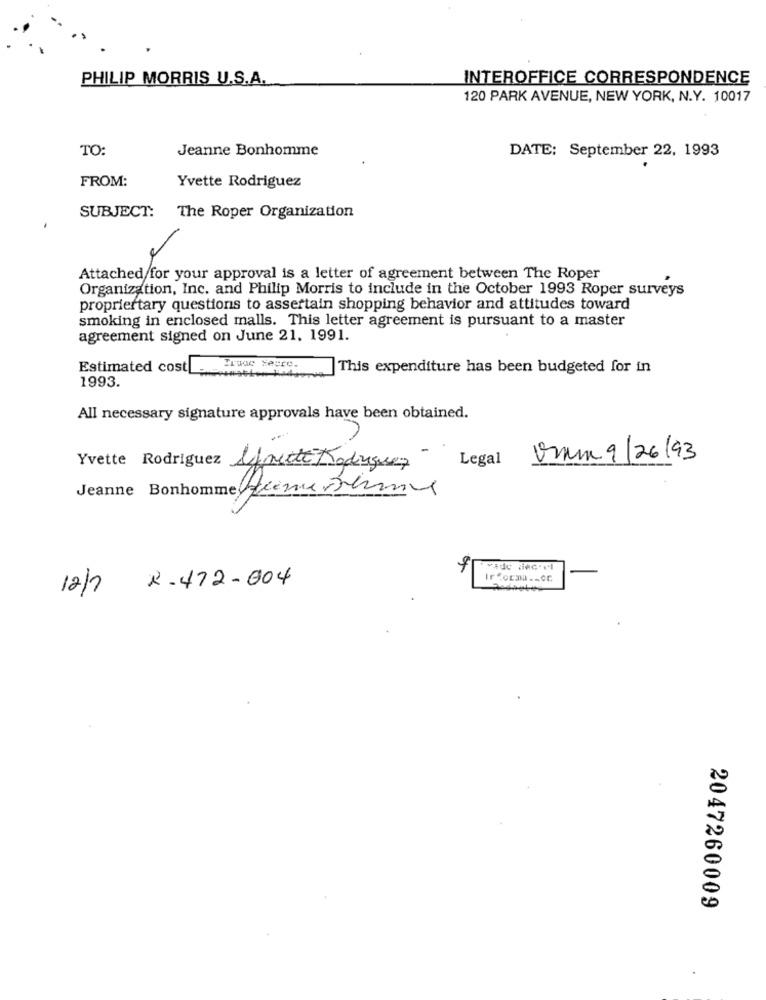
PHILIP MORRIS U.S.A.
INTEROFFICE CORRESPONDENCE
120 PARK AVENUE, NEW YORK, N.Y. 10017
TO:
Jeanne Bonhomme
DATE: September 22, 1993
FROM:
Yvette Rodriguez
SUBJECT: The Roper Organization
Attached for your approval is a letter of agreement between The Roper
Organization, Inc. and Philip Morris to include in the October 1993 Roper surveys
proprietary questions to assertain shopping behavior and attitudes toward
smoking in enclosed malls. This letter agreement is pursuant to a master
agreement signed on June 21. 1991.
Estimated cost
Trace Segre.
This expenditure has been budgeted for in
1993.
All necessary signature approvals have been obtained.
Yvette Rodriguez
Legal
Onun 9/26/93
Lynette Rodrigues
Jeanne Bonhomme Heen Shine
2-472-004
12/7
2047260009